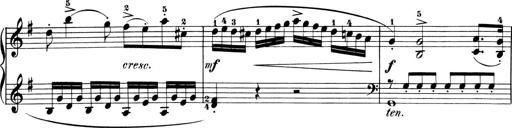
Title: 6 Piano Sonatinas
Composer: Cornelius Gurlitt